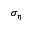
\sigma _ { \eta }